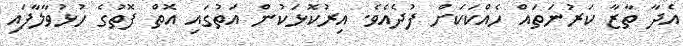
އެދާ ތާޒާ ކަރުނަތައް ހެއްކަކަށް ފުދެއެވެ. އިރުކޮޅަކުން އަތުގައި އޮތް ފޮތުގެ ހުޅުވާލާފައި